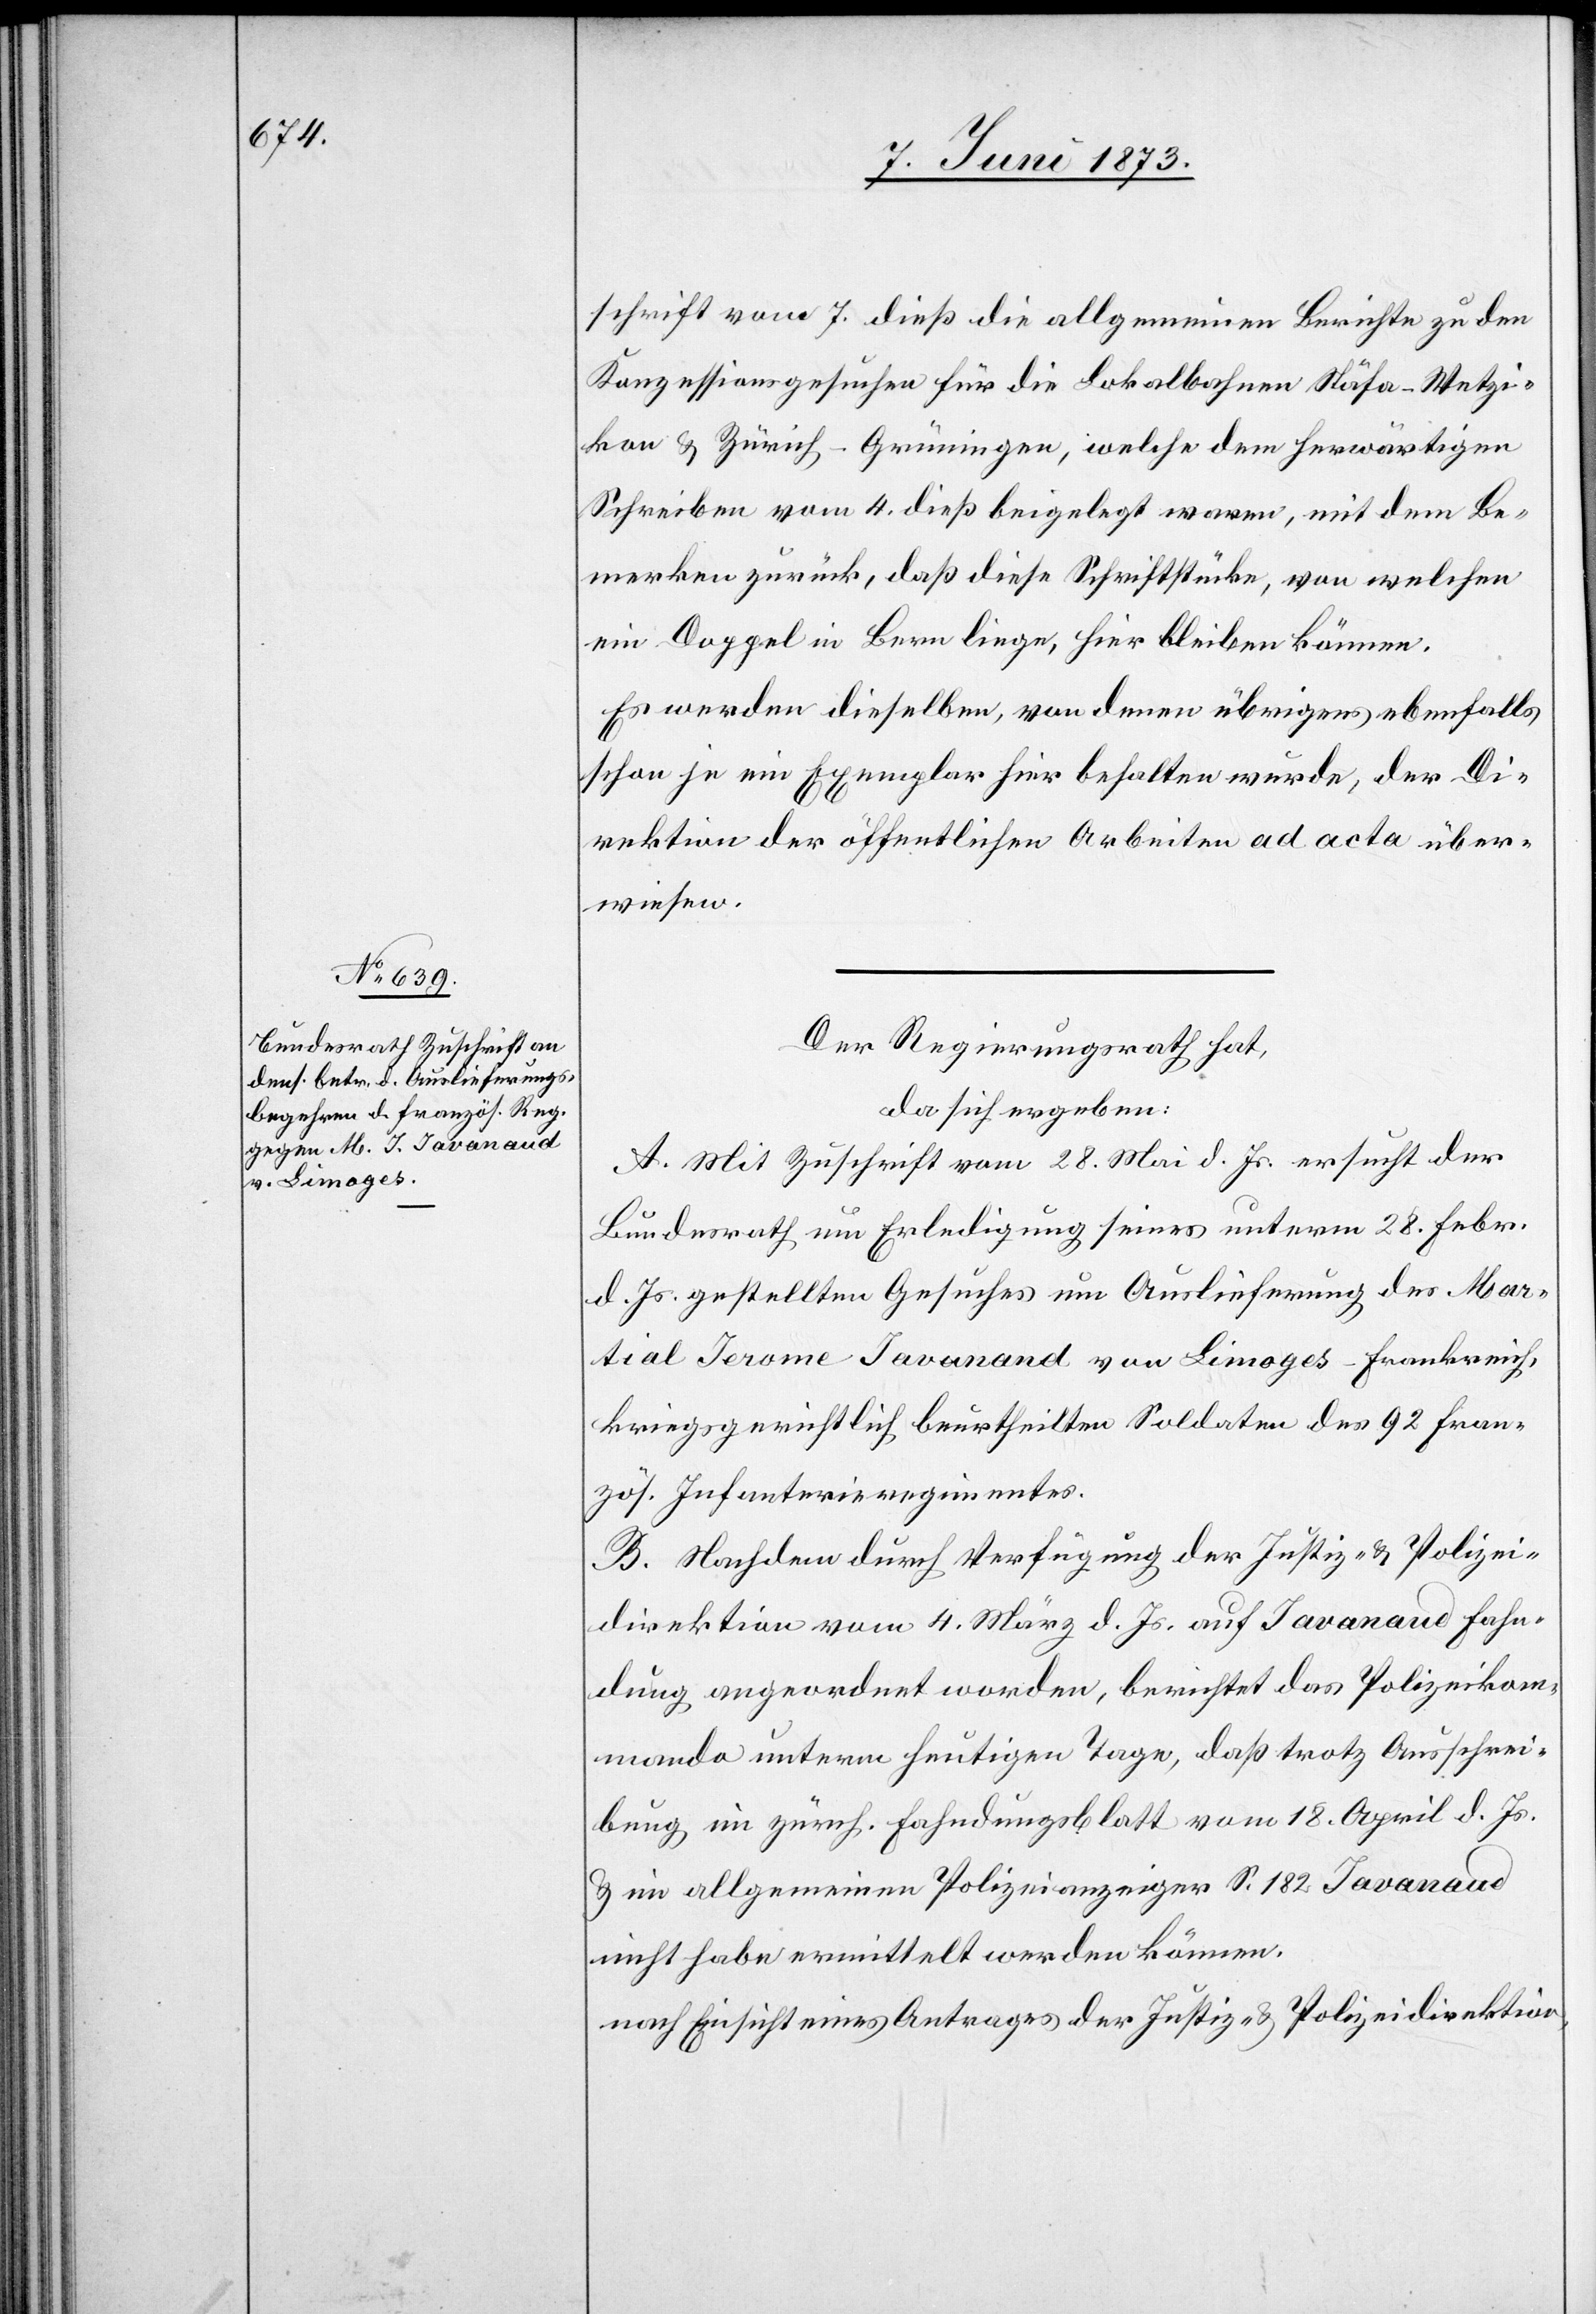
9. Juni 1873.]
schrift vom 7. dieß die allgemeinen Berichte zu den
Konzessionsgesuchen für die Lokalbahnen Stäfa–Wetzi¬
kon & Zürich–Grüningen, welche dem herwärtigen
Schreiben vom 4. dieß beigelegt waren, mit dem Be¬
merken zurück, daß diese Schriftstücke, von welchen
ein Doppel in Bern liege, hier bleiben können.
Es werden dieselben, von denen übrigens ebenfalls
schon je ein Exemplar hier behalten wurde, der Di¬
rektion der öffentlichen Arbeiten ad acta über¬
wiesen.
Der Regierungsrath hat,
da sich ergeben:
A. Mit Zuschrift vom 28. Mai d. Js. ersucht der
Bundesrath um Erledigung seines unterm 28. Febr.
d. Js. gestellten Gesuches um Auslieferung des Mar¬
tial Jerome Javanand [sic!] von Limoges-Frankreich,
kriegsgerichtlich beurtheilten Soldaten des 92 Fran¬
zös. Infanterieregimentes.
B. Nachdem durch Verfügung der Justiz- & Polizei¬
direktion vom 4. März d. Js. auf Javanaud Fahn¬
dung angeordnet worden, berichtet das Polizeikom¬
mando unterm heutigen Tage, daß trotz Ausschrei¬
bung im zürch. Fahndungsblatt vom 18. April d. Js.
& im allgemeinen Polizeianzeiger S. 182 Javanaud
nicht habe ermittelt werden können.
nach Einsicht eines Antrages der Justiz- & Polizeidirektion,